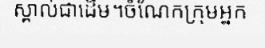
ស្គាល់ជាដើម។ចំណែកក្រុមអ្នក